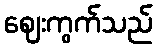
ဈေးကွက်သည်